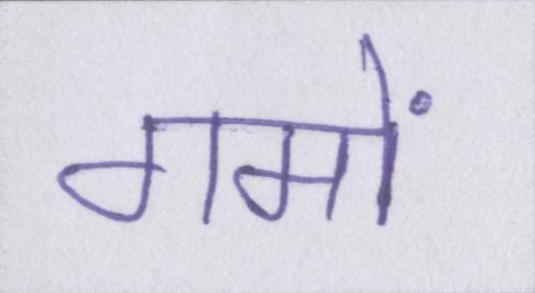
गमों